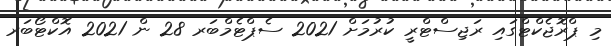
މި ޕްރޮޖެކްޓްގައި ރަޖިސްޓްރީ ކުރުމަށް 2021 ސެޕްޓެމްބަރ 28 ން 2021 އޮކްޓޯބަރ